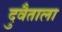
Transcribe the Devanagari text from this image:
दुवैताला